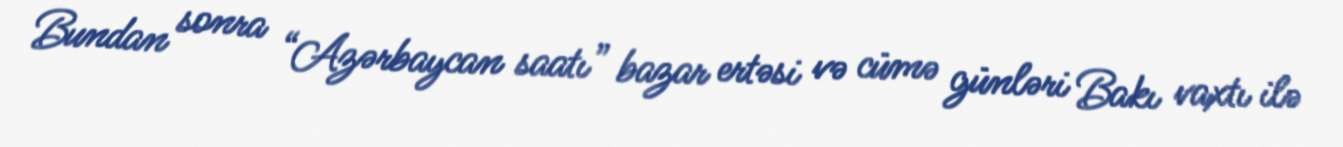
Bundan sonra “Azərbaycan saatı” bazar ertəsi və cümə günləri Bakı vaxtı ilə